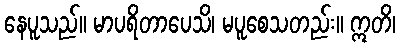
နေပူသည်။ မာပရိတာပေသိ၊ မပူစေသတည်း။ ဣတိ၊